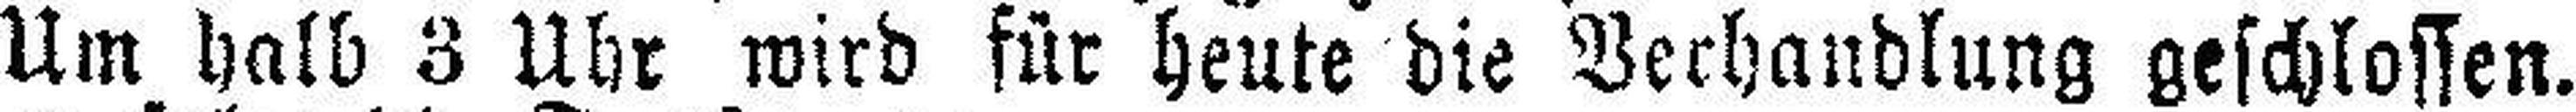
Um halb 3 Uhr wird für heute die Verhandlung geschlossen.